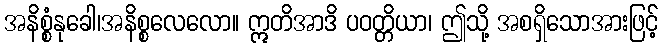
အနိစ္စံနုခေါ၊အနိစ္စလေလော။ ဣတိအာဒိ ပဝတ္တိယာ၊ ဤသို့ အစရှိသောအားဖြင့်